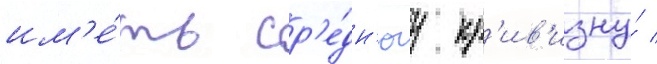
им'е́ть ср'е́дн'юу кр'ив'изну́ /